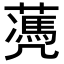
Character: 𦿅